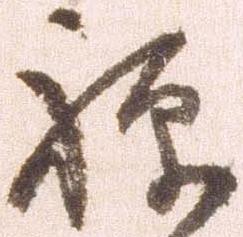
禅